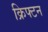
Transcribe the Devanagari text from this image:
क्रिफ्टन